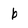
Character: b